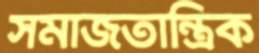
সমাজতান্ত্রিক